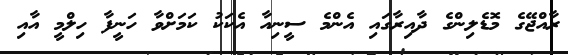
ރާއްޖޭގެ މޮޑެލިންގެ ދާއިރާގައި އެންމެ ސީނިއާ އެކަކު ކަމަށްވާ ހަނީފާ ހިލްމީ އާއި